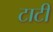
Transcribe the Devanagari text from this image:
टाटी